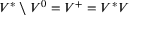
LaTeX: V ^ { * } \setminus V ^ { 0 } = V ^ { + } = V ^ { * } V